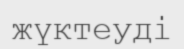
жүктеуді